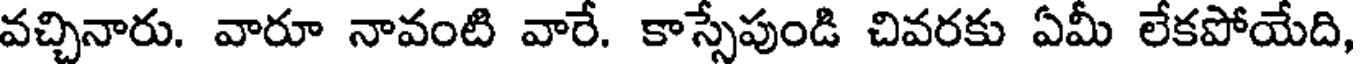
వచ్చినారు. వారూ నావంటి వారే. కాస్సేపుండి చివరకు ఏమీ లేకపోయేది,